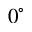
0 ^ { \circ }